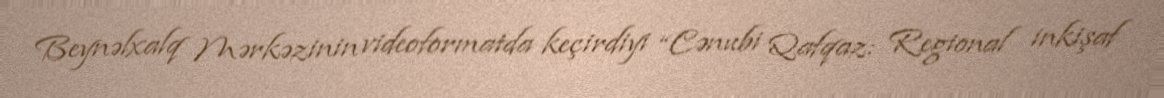
Beynəlxalq Mərkəzinin videoformatda keçirdiyi “Cənubi Qafqaz: Regional inkişaf